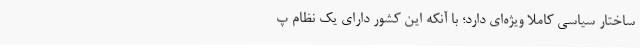
ساختار سیاسی کاملا ویژه‌ای دارد؛ با آنکه این کشور دارای یک نظام پ